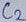
Text: C2